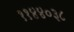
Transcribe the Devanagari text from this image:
११४४०३८